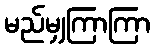
မည်မျှကြာကြာ